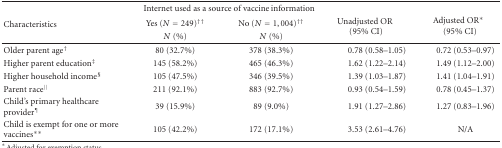
| <ROWSPAN=3> Characteristics | <COLSPAN=2> Internet used as a source of vaccine information | <ROWSPAN=3> Unadjusted OR (95% CI) | <ROWSPAN=3> Adjusted OR* (95% CI) |
 | Yes (N = 249)†† | No (N = 1,004)†† |
 | N (%) | N (%) |
 | --- | --- | --- | --- | --- |
 | Older parent age† | 80 (32.7%) | 378 (38.3%) | 0.78 (0.58–1.05) | 0.72 (0.53–0.97) |
 | Higher parent education‡ | 145 (58.2%) | 465 (46.3%) | 1.62 (1.22–2.14) | 1.49 (1.12–2.00) |
 | Higher household income§ | 105 (47.5%) | 346 (39.5%) | 1.39 (1.03–1.87) | 1.41 (1.04–1.91) |
 | Parent race∣∣ | 211 (92.1%) | 883 (92.7%) | 0.93 (0.54–1.59) | 0.78 (0.45–1.37) |
 | Child's primary healthcare provider¶ | 39 (15.9%) | 89 (9.0%) | 1.91 (1.27–2.86) | 1.27 (0.83–1.96) |
 | Child is exempt for one or more vaccines** | 105 (42.2%) | 172 (17.1%) | 3.53 (2.61–4.76) | N/A |